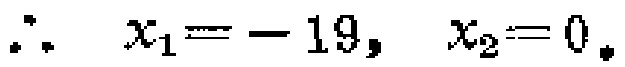
\(\therefore \ x_{1}=-19,\ x_{2}=0.\)